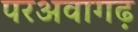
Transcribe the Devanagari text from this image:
परअवागढ़